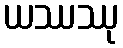
ယဿဿု